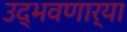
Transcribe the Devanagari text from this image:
उद्‌भवणार्‍या